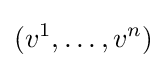
(v^{1},\ldots ,v^{n})